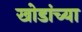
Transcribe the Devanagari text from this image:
खोडांच्या